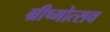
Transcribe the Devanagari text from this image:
ग्रीष्मोत्सव